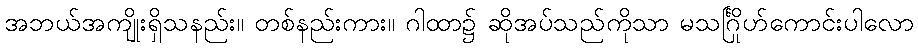
အဘယ်အကျိုးရှိသနည်း။ တစ်နည်းကား။ ဂါထာ၌ ဆိုအပ်သည်ကိုသာ မသင်္ဂြိုဟ်ကောင်းပါလော